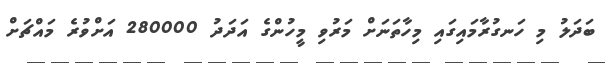
ބަދަލު މި ހަނގުރާމައިގައި މިހާތަނަށް މަރުވި މީހުންގެ އަދަދު 280000 އަށްވުރެ މައްޗަށް